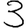
Digit: 3